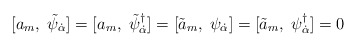
\begin{align*}[a_{m},\;\tilde{\psi}_{\dot \alpha}] = [a_{m},\;\tilde{\psi}^{\dagger}_{\dot \alpha}] = [\tilde{a}_{m},\;\psi_{\dot \alpha}] = [\tilde{a}_{m},\;\psi^{\dagger}_{\dot \alpha}] = 0\end{align*}